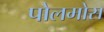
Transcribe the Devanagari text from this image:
पोलमोस